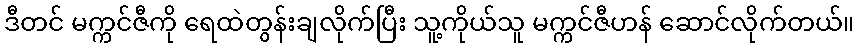
ဒီတင် မက္ကင်ဇီကို ရေထဲတွန်းချလိုက်ပြီး သူ့ကိုယ်သူ မက္ကင်ဇီဟန် ဆောင်လိုက်တယ်။